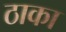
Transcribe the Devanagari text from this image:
ठाका